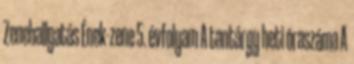
Zenehallgatás Ének-zene 5. évfolyam A tantárgy heti óraszáma A